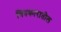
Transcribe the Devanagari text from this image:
चित्रकारातील